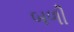
બળી